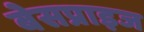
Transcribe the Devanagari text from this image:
बेसप्राइज